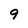
Character: 9